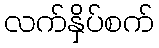
လက်နှိပ်စက်